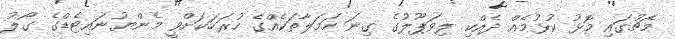
މެޗުގައި މޮޅު ކުޅުމެއް ދެއްކި ލިވަޕޫލުގެ ގިނަ ހަމަލާތަކެއްގެ ހުރަހަކަށްވީ މެންޔުނައިޓެޑްގެ ގޯލު